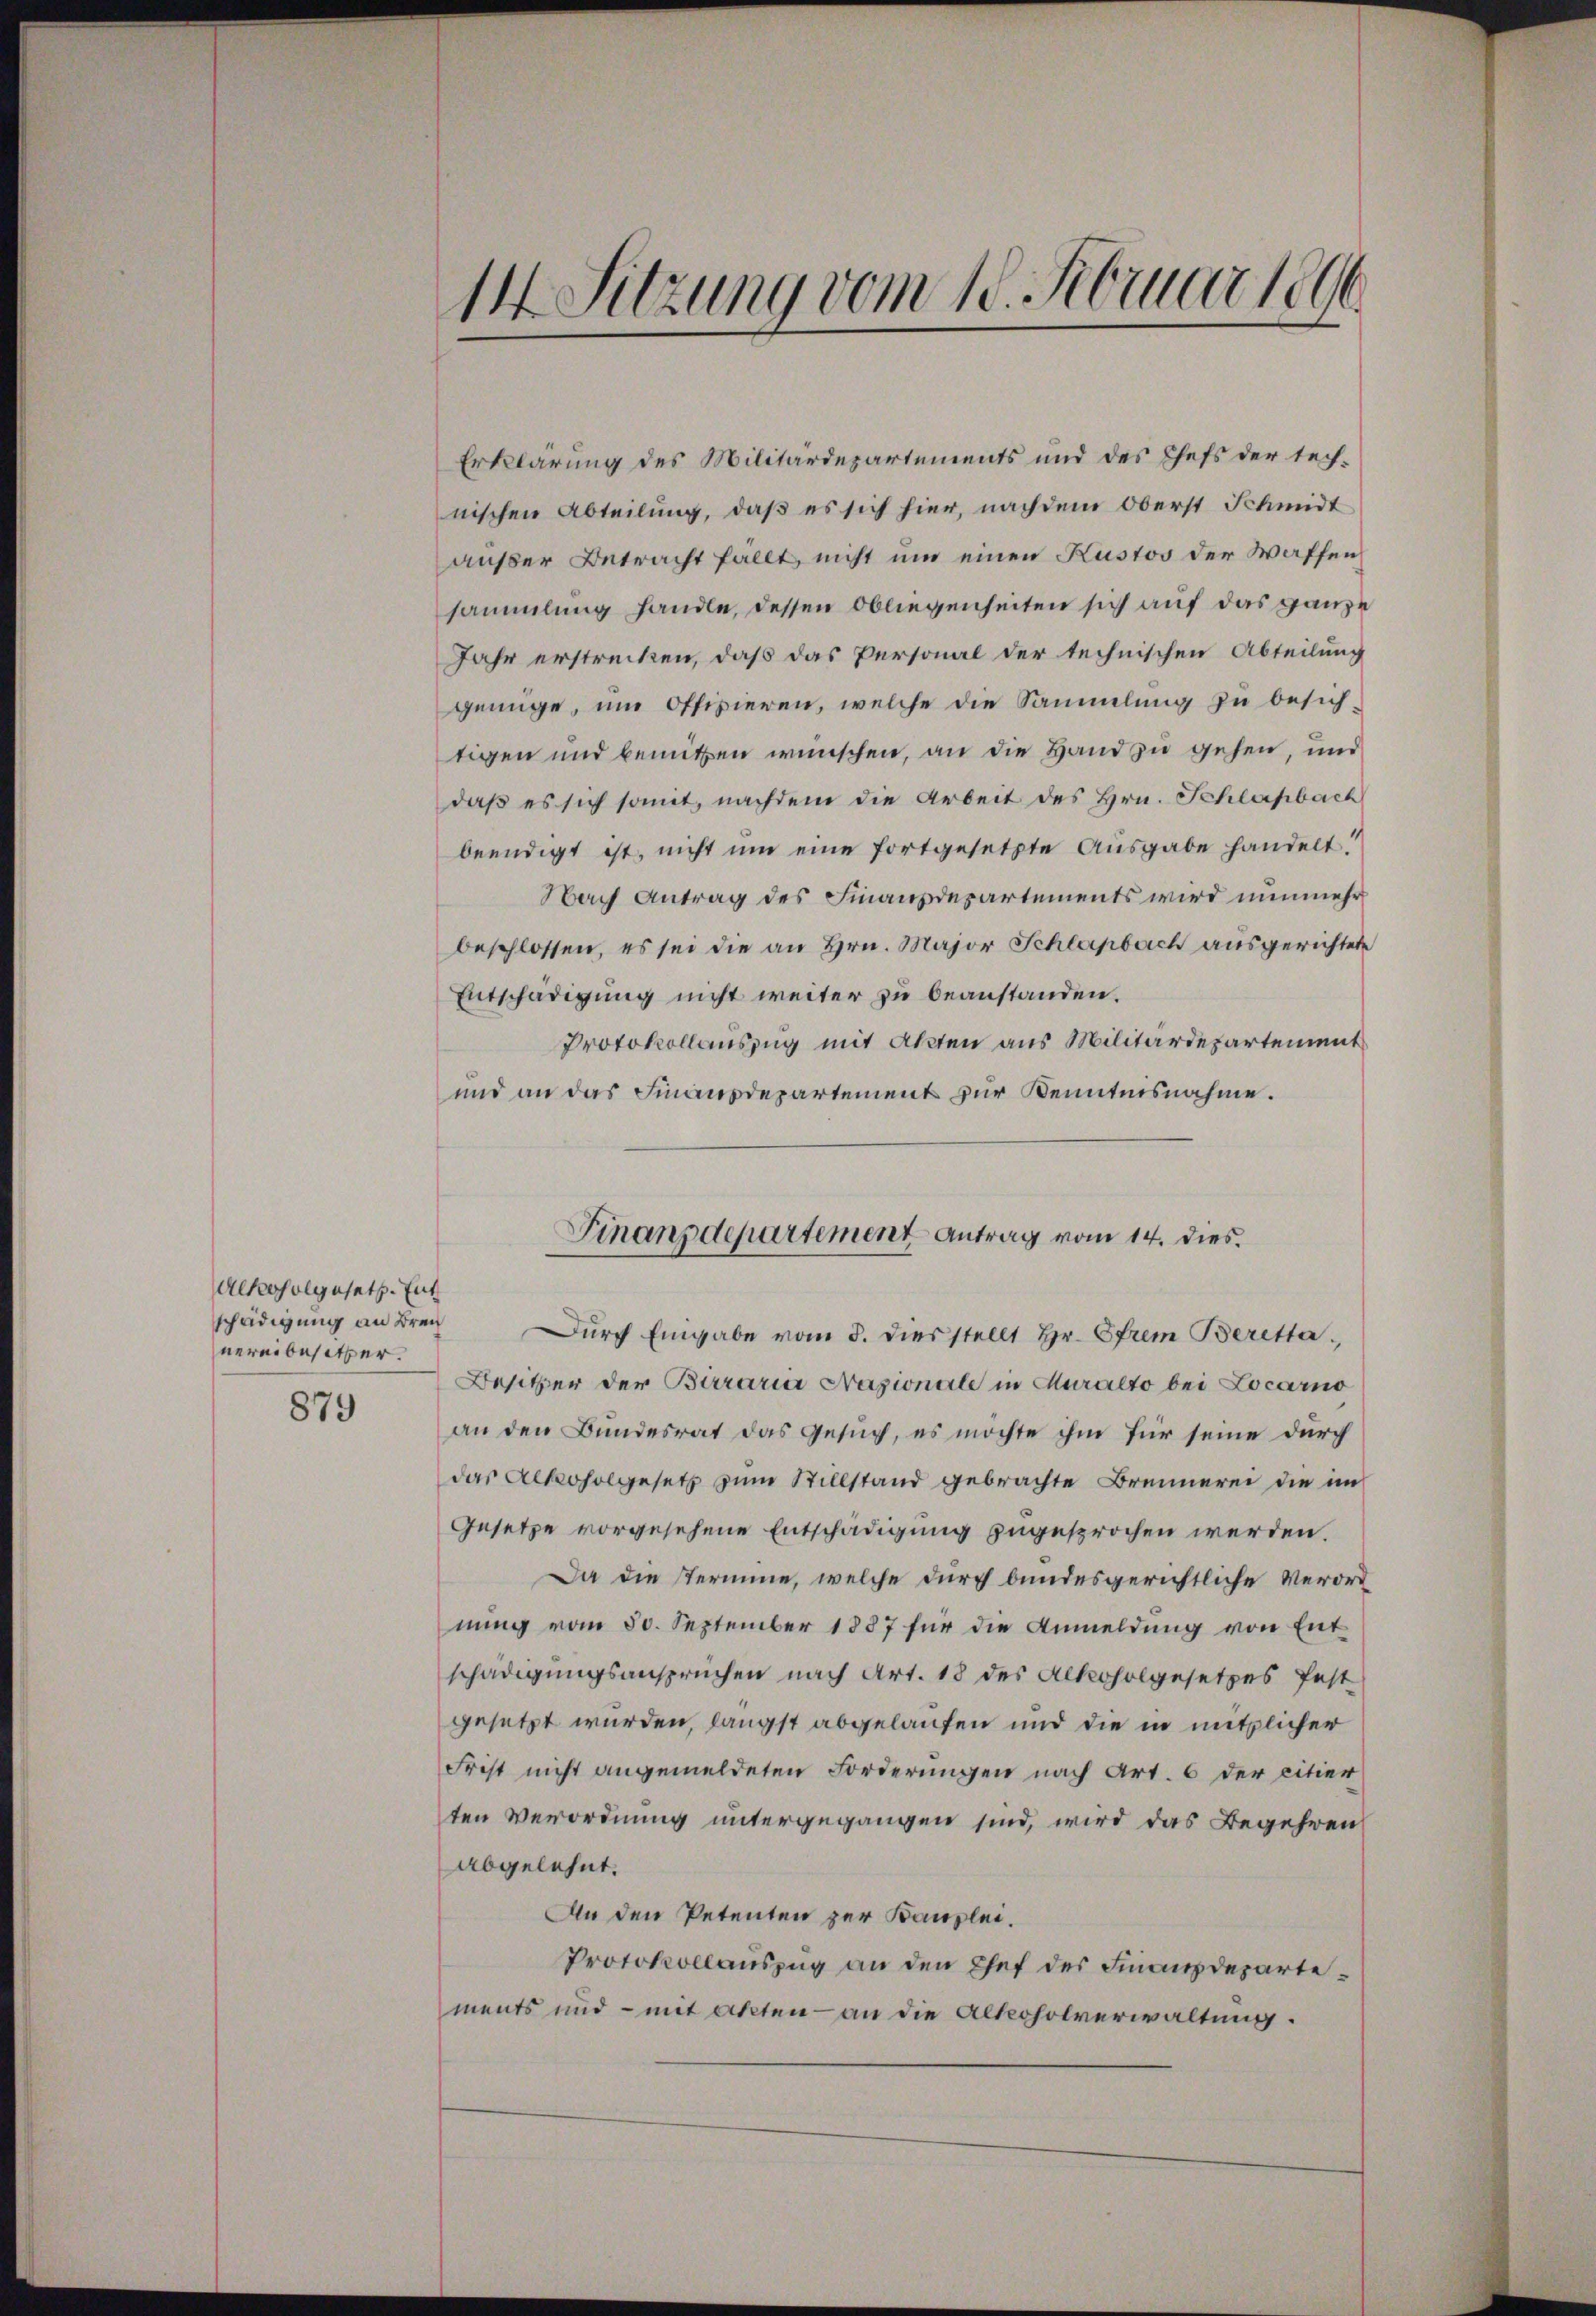
Alkoholgesetz. Ent
schädigung an Brei
nereibesitzer.
879

14 Sitzung vom 18. Februar 1890

Erklärung des Militärdepartements und des Chefs der tech-
nischen Abteilung, daß es sich hier, nachdem Oberst Schmidt
außer Betracht fällt, nicht um einen Kustos der Waffen
sammlung handle, dessen Obliegenheiten sich auf das ganze
Jahr erstrecken, daß das Personal der technischen Abteilung
genüge, um offizieren, welche die Sammlung zu besichtigen und benützen wünschen, an die Hand zu gehen, und
daß es sich somit, nachdem die Arbeit des Hrn. Schlupbach
beendigt ist, nicht um eine fortgesetzte Ausgabe handelt!
Nach Antrag des Finanzdepartements wird nunmehr
beschlossen, es sei die an Hrn. Major Schlagbach ausgerichtete
Entschädigung nicht weiter zu beanstanden.
Protokollauszug mit Akten aus Militärdepartement
und an das Finanzdepartement zur Kenntnisnahme.
Dŭrch Eingabe vom 8. dies stellt Hr. Strem Beretta
Besitzer der Bararia Nazionale in Muralto bei Locarno
an den Bundesrat das Gesuch, es möchte ihm für seine durch
das Alkoholgesetz zum Stillstand gebrachte Brunnerei die im
Gesetze vorgesehene Entschädigung zugesprochen werden.
Da die Stermine, welche durch bundesgerichtliche Verordnung vom 30. September 1887 für die Anmeldung von Entschädigungsansprüchen nach Art. 18 des Alkoholgesetzes fest
gesetzt wurden, längst abgelaufen und die in nützlicher
Frist nicht angemeldeten Forderungen nach Art. 6 der citier
ten Verordnung untergegangen sind, wird das Begehren
abgelehnt.
An den Petenten zur Kanzlei.
Protokollauszug an den Chef der Finanzdepartements und – mit akten - an die Alkoholverwaltung.

Finanzdepartement Antrag vom 14. dies